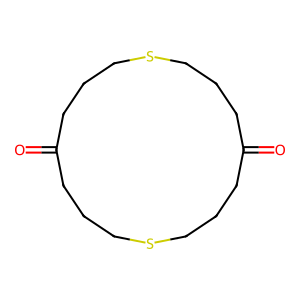
SMILES: O=C1CCCSCCCC(=O)CCCSCCC1
Inhibits HIV replication: No